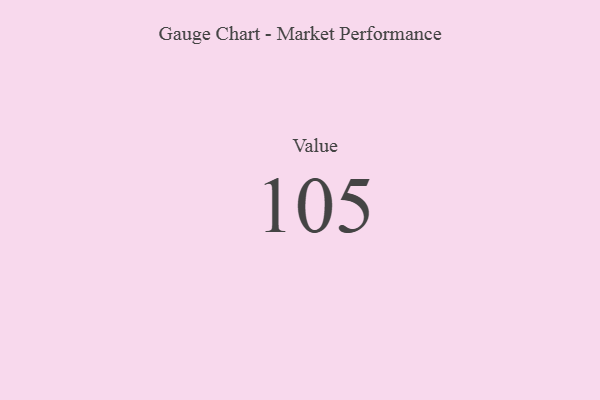
{"axis": {"x": "Metric", "y": "Value"}, "legend": [""], "data": [{"x": "Value", "y": 105, "type": ""}]}